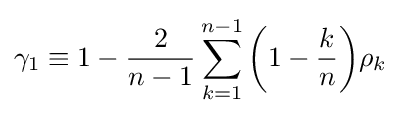
\gamma _{1}\equiv 1-{\frac {2}{n-1}}\sum _{k=1}^{n-1}{\left(1-{\frac {k}{n}}\right)}\rho _{k}